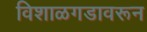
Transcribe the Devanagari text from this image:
विशाळगडावरून